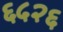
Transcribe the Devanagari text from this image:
६५२६